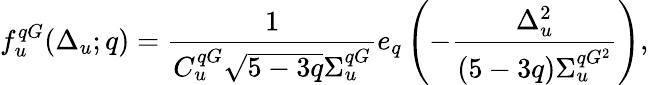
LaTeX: f_{u}^{qG}(\Delta_{u};q)=\frac{1}{C_{u}^{qG}\sqrt{5-3q}\Sigma_{u}^{qG}}e_{q}\left(-\frac{\Delta_{u}^{2}}{(5-3q)\Sigma_{u}^{qG^{2}}}\right),